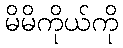
မိမိကိုယ်ကို